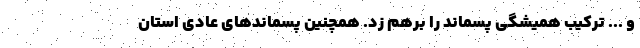
و ... ترکیب همیشگی پسماند را برهم زد. همچنین پسماندهای عادی استان